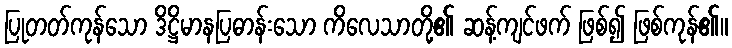
ပြုတတ်ကုန်သော ဒိဋ္ဌိမာနပြဓာန်းသော ကိလေသာတို့၏ ဆန့်ကျင်ဖက် ဖြစ်၍ ဖြစ်ကုန်၏။